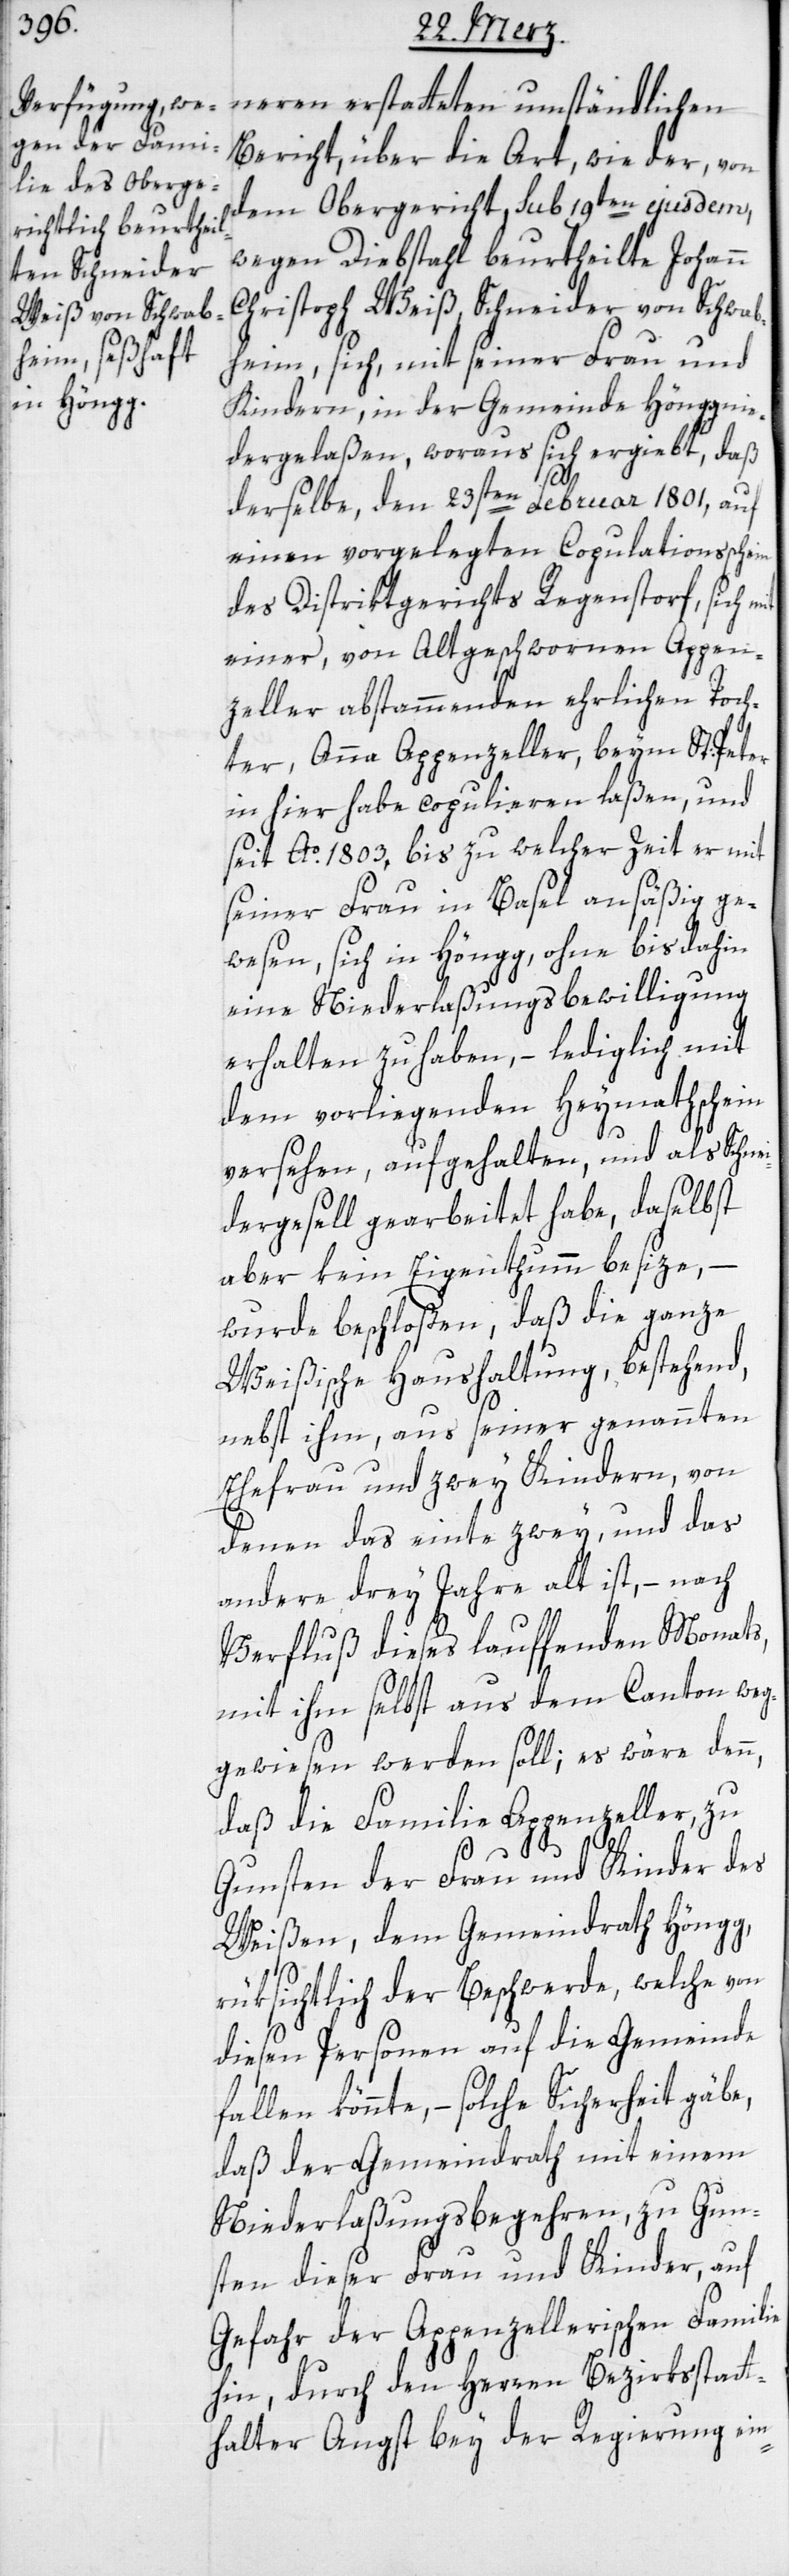
neren erstatteten umständlichen
Bericht, über die Art, wie der, von
dem Obergericht, sub 19ten ejusdem,
wegen Diebstahl beurtheilten Johann
Christoph Weiß, Schneider von Schwab¬
heim, sich, mit seiner Frau und
Kindern, in der Gemeinde Höngg nie¬
dergelaßen, woraus sich ergiebt, daß
derselbe den 23sten Februar 1801, auf
einen vorgelegten Copulationsschein
des Distriktsgerichts Regenstorf, sich
einer, von Altgeschwornen Appen¬
zeller abstammenden ehrlichen Toch¬
ter, Anna Appenzeller, beym St. Peter
in hier habe copulieren laßen, und
seit Ao. 1803, bis zu welcher Zeit er mit
seiner Frau in Basel ansäßig ge¬
wesen, sich in Höngg ohne bis dahin
eine Niederlaßungsbewilligung
erhalten zu haben, – lediglich mit
dem vorliegenden Heimathschein
versehen, aufgehalten, und als Schnei¬
dergesell gearbeitet habe, daselbst
aber kein Eigenthumm besize,
wurde beschloßen, daß die ganze
Weißische Haushaltung, bestehend,
nebst ihm, aus seiner genannten
Ehefrau und zwey Kindern, von
denen das einte zwey, und das
andere drey Jahre alt ist, – nach
Verfluß dieses lauffenden Monats,
mit ihm selbst aus dem Canton weg¬
gewiesen werden soll; es wäre denn,
daß die Familie Appenzeller, zu
Gunsten der Frau und Kinder des
Weißen, dem Gemeindrath Höngg,
rüksichtlich der Beschwerde, welche von
diesen Personen auf die Gemeinde
fallen könnte, – solche Sicherheit gäbe,
daß der Gemeindrath mit einem
Niederlaßungsbegehren, zu Gun¬
sten dieser Frau und Kinder, auf
Gefahr der Appenzellerischen Familie
hin, durch den Herren Bezirksstatt¬
halter Angst bey der Regierung ein-